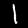
Label: 1